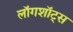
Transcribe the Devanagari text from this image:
लॉगशॉट्स